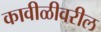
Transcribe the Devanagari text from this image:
कावीळीवरील